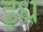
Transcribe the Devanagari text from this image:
इध